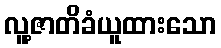
လူ့ဇာတိခံယူထားသော